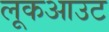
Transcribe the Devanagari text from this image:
लूकआउट